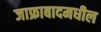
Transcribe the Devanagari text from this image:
जाफ्राबादमधील